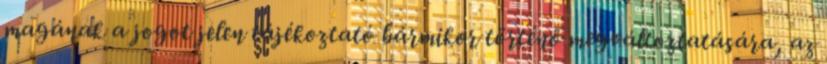
magának a jogot jelen tájékoztató bármikor történő megváltoztatására, az